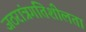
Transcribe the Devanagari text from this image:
जठरांत्रगतिशीलता